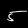
Digit: 5